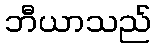
ဘီယာသည်